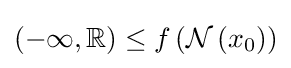
(-\infty ,\mathbb {R} )\leq f\left({\mathcal {N}}\left(x_{0}\right)\right)